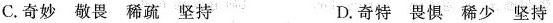
C.奇妙 敬畏 稀疏 坚持 D.奇特 畏惧 稀少 坚持